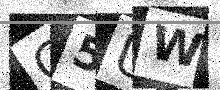
Text: C5UW